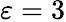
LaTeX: \varepsilon=3